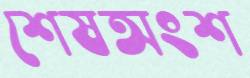
শেষঅংশ